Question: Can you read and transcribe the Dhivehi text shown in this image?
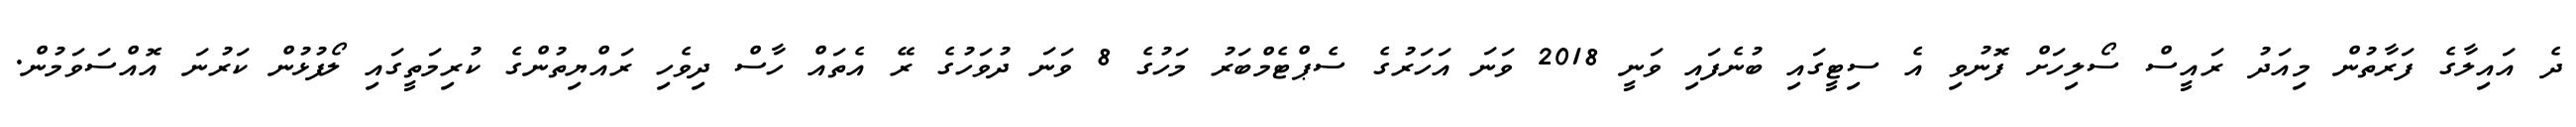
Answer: ދެ އައިލާގެ ފަރާތުން މިއަދު ރައީސް ސޯލިހަށް ފޮނުވި އެ ސިޓީގައި ބުނެފައި ވަނީ 2018 ވަނަ އަހަރުގެ ސެޕްޓެމްބަރު މަހުގެ 8 ވަނަ ދުވަހުގެ ރޭ އެތައް ހާސް ދިވެހި ރައްޔިތުންގެ ކުރިމަތީގައި ލޯފުޅުން ކަރުނަ އޮއްސަވަމުން.